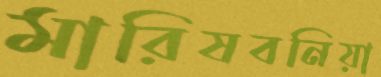
মারিষবনিয়া